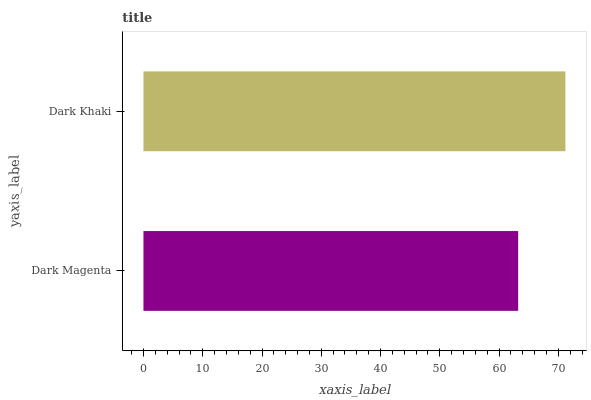
| yaxis_label | bars |
 | --- | --- |
 | Dark Magenta | 63.2 |
 | Dark Khaki | 71.2 |